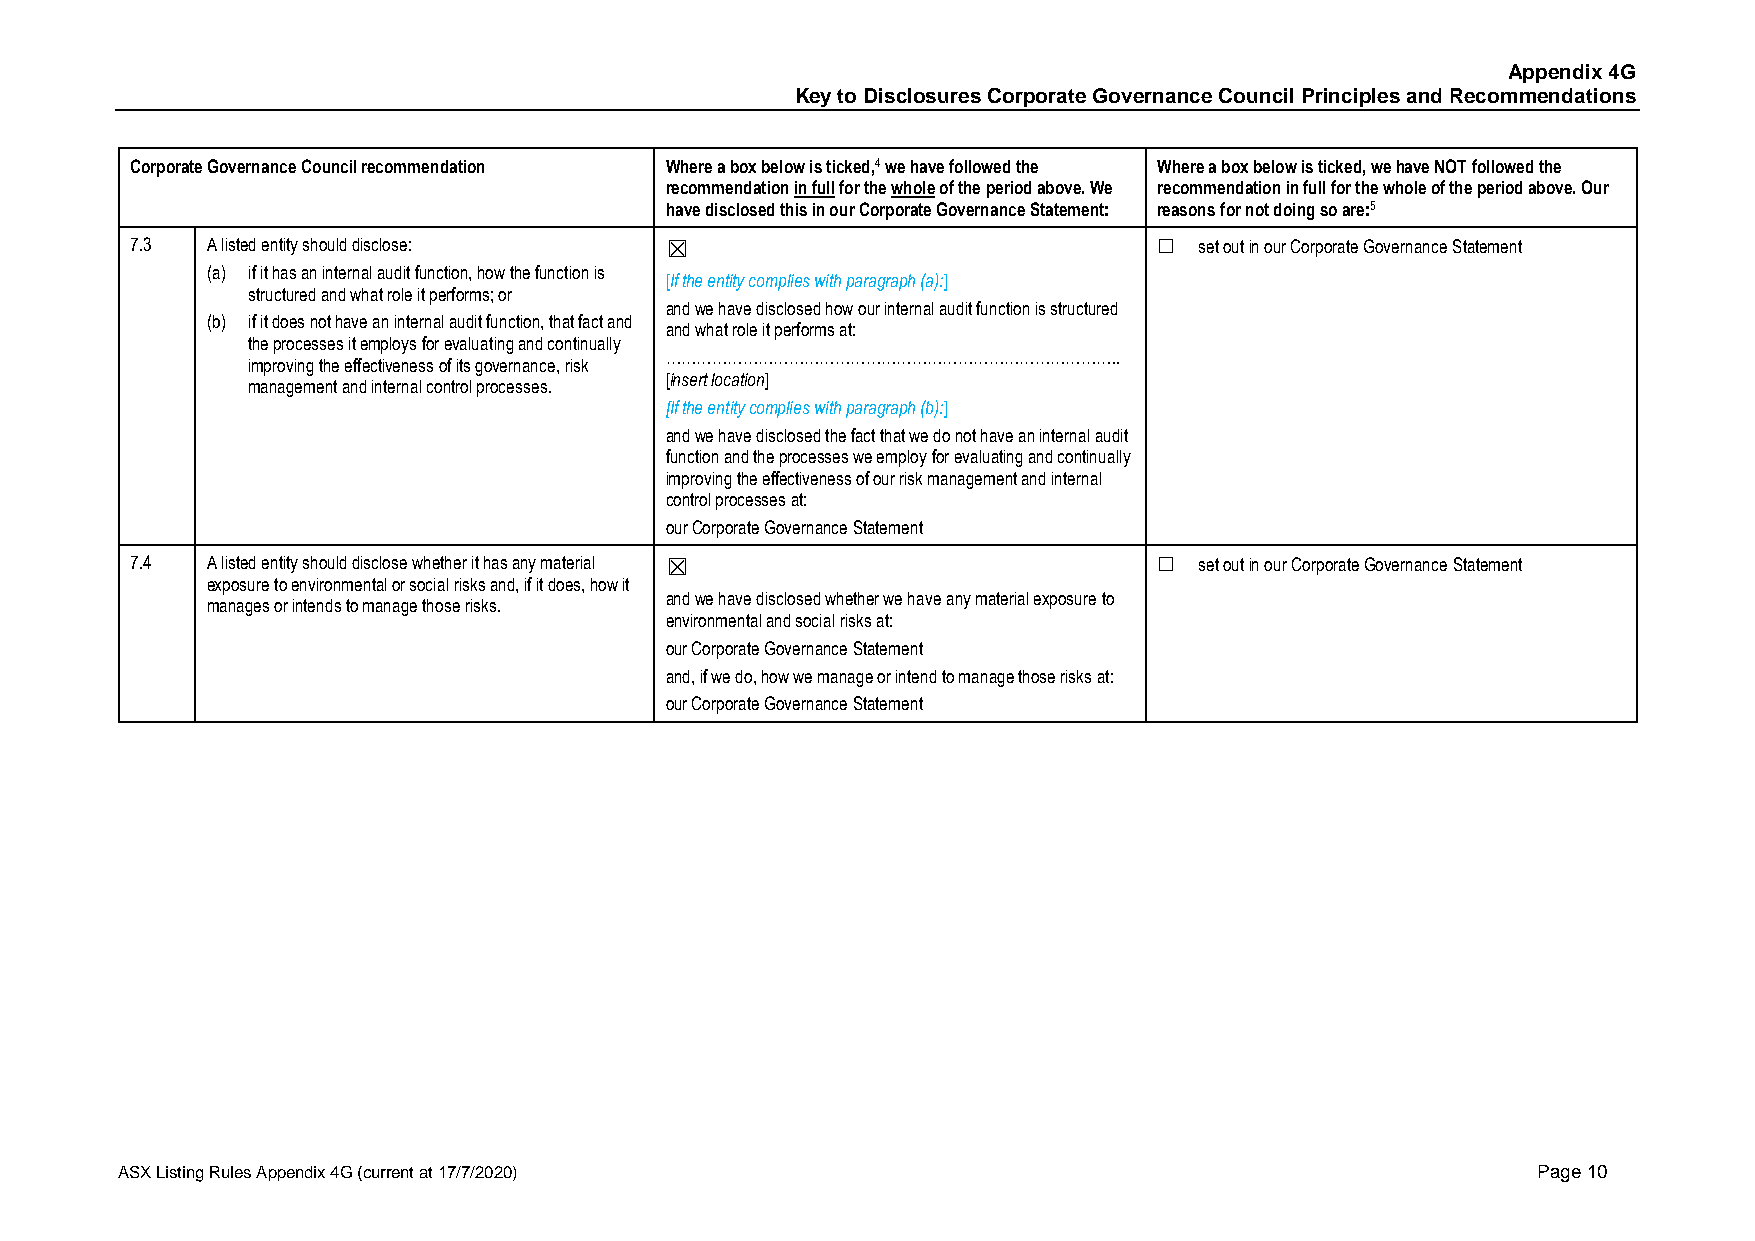
Appendix 4G
 Key to Disclosures Corporate Governance Council Principles and Recommendations
 Corporate Governance Council recommendation Where a box below is ticked,4 we have followed the Where a box below is ticked, we have NOT followed the
 recommendation in full for the whole of the period above. We recommendation in full for the whole of the period above. Our
 have disclosed this in our Corporate Governance Statement: reasons for not doing so are:5
 7.3  A listed entity should disclose: ☒                             ☐ set out in our Corporate Governance Statement
 (a) if it has an internal audit function, how the function is
 [If the entity complies with paragraph (a):]
 structured and what role it performs; or
 and we have disclosed how our internal audit function is structured
 (b) if it does not have an internal audit function, that fact and
 and what role it performs at:
 the processes it employs for evaluating and continually
 ……………………………………………………………………………..
 improving the effectiveness of its governance, risk
 [insert location]
 management and internal control processes.
 [If the entity complies with paragraph (b):]
 and we have disclosed the fact that we do not have an internal audit
 function and the processes we employ for evaluating and continually
 improving the effectiveness of our risk management and internal
 control processes at:
 our Corporate Governance Statement
 7.4  A listed entity should disclose whether it has any material ☒  ☐ set out in our Corporate Governance Statement
 exposure to environmental or social risks and, if it does, how it
 and we have disclosed whether we have any material exposure to
 manages or intends to manage those risks.
 environmental and social risks at:
 our Corporate Governance Statement
 and, if we do, how we manage or intend to manage those risks at:
 our Corporate Governance Statement
 ASX Listing Rules Appendix 4G (current at 17/7/2020)                                          Page 10